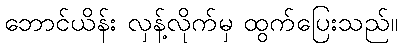
ဘောင်ယိန်း လှန့်လိုက်မှ ထွက်ပြေးသည်။